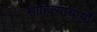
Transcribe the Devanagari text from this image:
साहित्याचार्यों